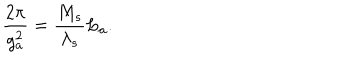
LaTeX: \frac { 2 \pi } { g _ { a } ^ { 2 } } = \frac { M _ { s } } { \lambda _ { s } } L _ { a } .